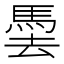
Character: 𩢧